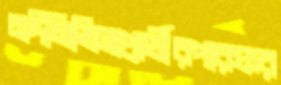
নঈমিভিসাপ্রার্থীরপারফর